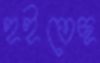
হইতেছ